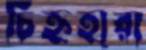
চিহ্নহারা